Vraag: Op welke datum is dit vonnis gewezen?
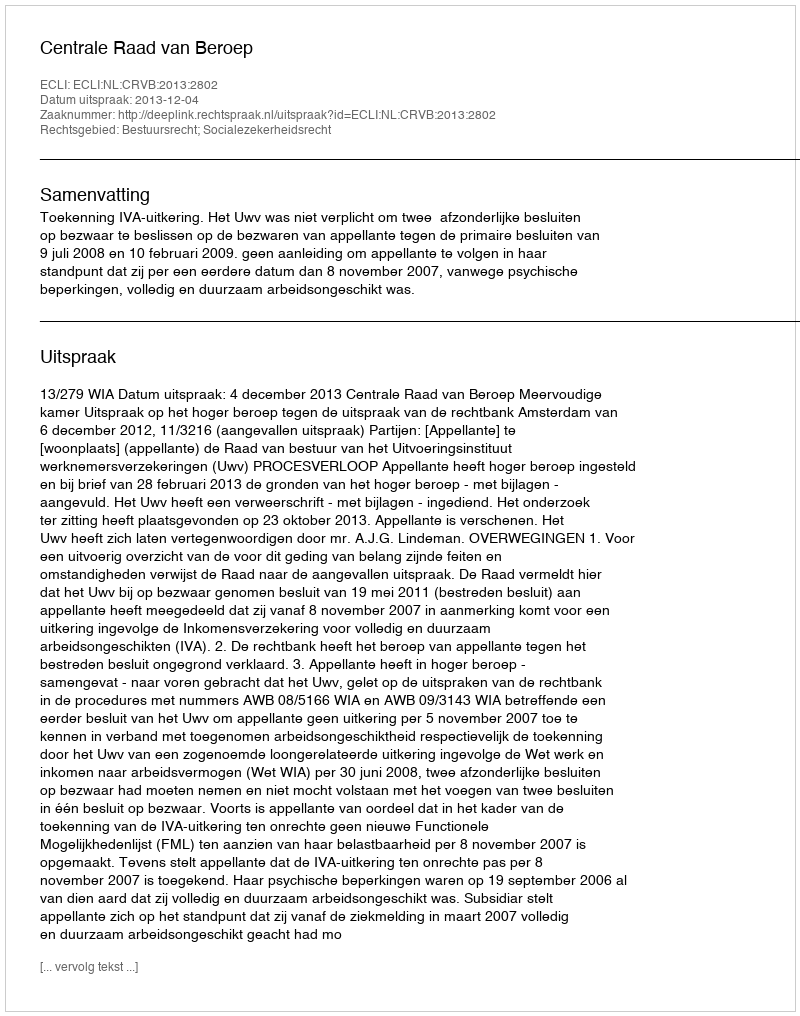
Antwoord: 2013-12-04